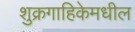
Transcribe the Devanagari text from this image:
शुक्रगाहिकेमधील